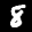
Label: 8